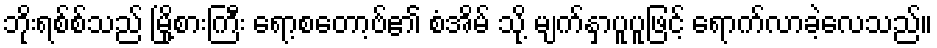
ဘိုးရစ်စ်သည် မြို့စားကြီး ရော့စတော့ဗ်၏ စံအိမ် သို့ မျက်နှာပူပူဖြင့် ရောက်လာခဲ့လေသည်။